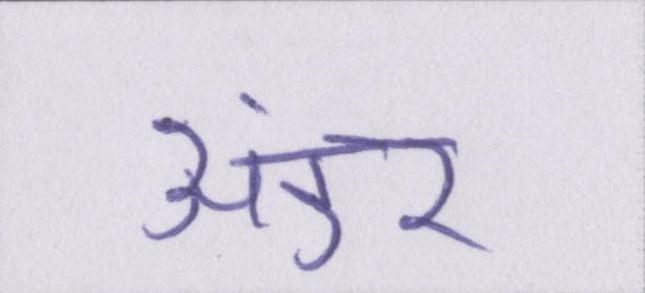
अंडर